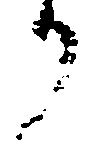
り